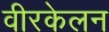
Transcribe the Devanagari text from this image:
वीरकेलन